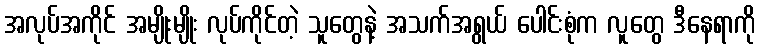
အလုပ်အကိုင် အမျိုးမျိုး လုပ်ကိုင်တဲ့ သူတွေနဲ့ အသက်အရွယ် ပေါင်းစုံက လူတွေ ဒီနေရာကို